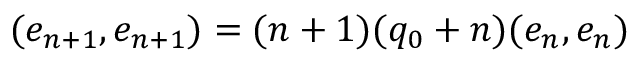
( e _ { n + 1 } , e _ { n + 1 } ) = ( n + 1 ) ( q _ { 0 } + n ) ( e _ { n } , e _ { n } )